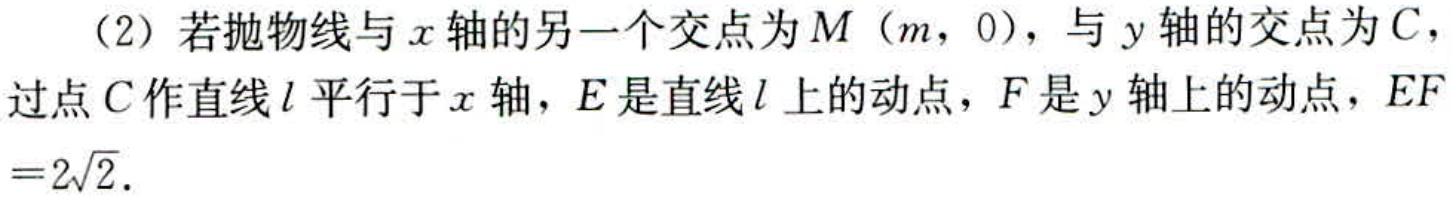
（2）若抛物线与\(x\)轴的另一个交点为\(M（m，0）\)，与\(y\)轴的交点为\(C\)，过点\(C\)作直线\(l\)平行于\(x\)轴，\(E\)是直线\(l\)上的动点，\(F\)是\(y\)轴上的动点，\(EF = 2\sqrt{2}\)．